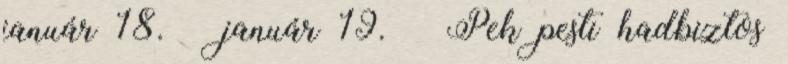
január 18. – január 19. – Pek pesti hadbiztos